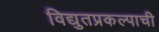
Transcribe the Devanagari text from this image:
विद्युतप्रकल्पाची